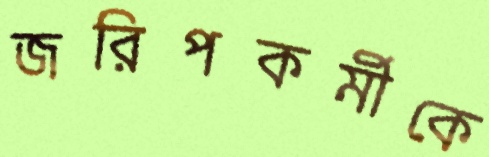
জরিপকর্মীকে